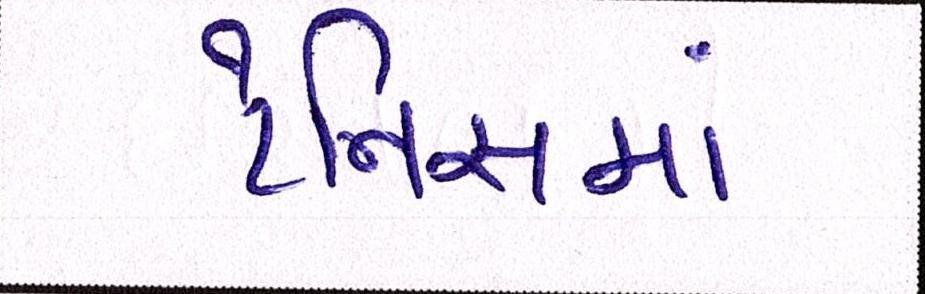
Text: ટેનિસમાં